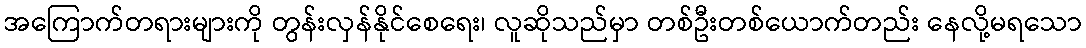
အကြောက်တရားများကို တွန်းလှန်နိုင်စေရေး၊ လူဆိုသည်မှာ တစ်ဦးတစ်ယောက်တည်း နေလို့မရသော